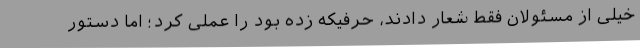
خیلی از مسئولان فقط شعار دادند، حرفیکه زده بود را عملی کرد؛ اما دستور